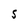
Character: S